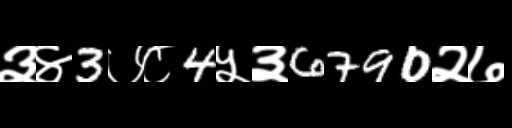
Text: ३४3७८4५३6790२७